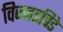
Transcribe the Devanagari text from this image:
विज्जडविडे